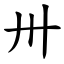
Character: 卅